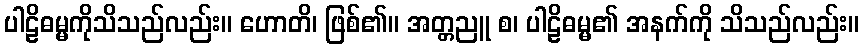
ပါဠိဓမ္မကိုသိသည်လည်း။ ဟောတိ၊ ဖြစ်၏။ အတ္တညူ စ၊ ပါဠိဓမ္မ၏ အနက်ကို သိသည်လည်း။